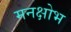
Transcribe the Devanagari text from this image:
मनक्षोभ